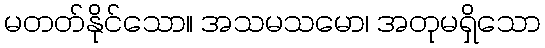
မတတ်နိုင်သော။ အသမသမော၊ အတုမရှိသော